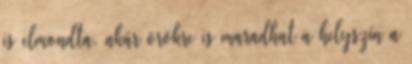
is elmondta, akár örökre is maradhat a helyszín a